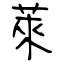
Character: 萊